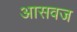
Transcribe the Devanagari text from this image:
आसवज